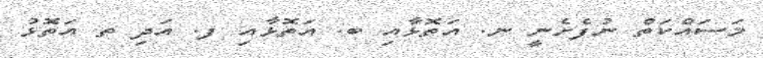
މަސައްކަތް ނުފެށެނީ ނ. އަތޮޅާއި ބ. އަތޮޅާއި ފ. އަދި ތ އަތޮޅު